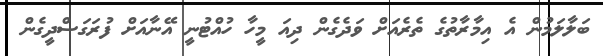
ބަލާލަމުން އެ އިމާރާތުގެ ތެރެއަށް ވަދެގެން ދިއަ މީހާ ހުއްޓުނީ އޭނާއަށް ފުރަގަސްދީގެން